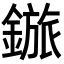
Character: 𬫽